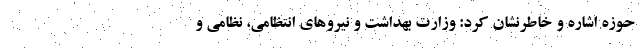
حوزه اشاره و خاطرنشان کرد: وزارت بهداشت و نیروهای انتظامی، نظامی و